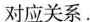
对应关系。